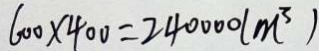
6 0 0 \times 4 0 0 = 2 4 0 0 0 0 ( m ^ { 3 } )